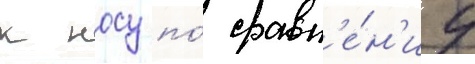
к носу по́ сравн'е́н'иу